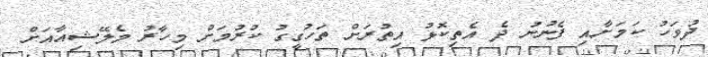
ދުވަހު ކަމަށާއި ފެނުނު ދެ އެތިކޮޅު އިތުރަށް ތަހުގީގު ކުރުމަށް މިހާރު މެލޭޝިއާއަށް